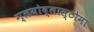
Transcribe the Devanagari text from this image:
ग्लयोब्लास्टोमा